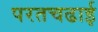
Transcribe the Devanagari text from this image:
परतचढाई